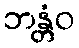
ဘန္တံဝ